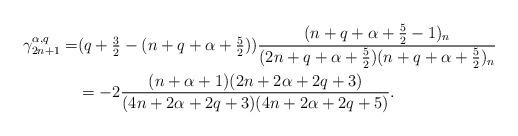
LaTeX: \begin{align*}\gamma_{2n+1}^{\alpha,q}=&(q+\mbox{$\frac 32$}-(n+q+\alpha+\mbox{$\frac 52$}))\frac{(n+q+\alpha+\frac 52-1)_{n}}{(2n+q+\alpha+\frac 52)(n+q+\alpha+\frac 52)_{n}}\\ & =-2\frac{(n+\alpha+1)(2n+2\alpha+2q+3)}{(4n+2\alpha+2q+3)(4n+2\alpha+2q+5)}.\end{align*}